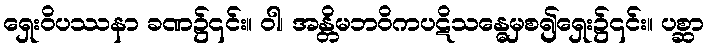
ရှေးဝိပဿနာ ခဏ၌၎င်း။ ဝါ၊ အန္တိမဘဝိကပဋိသန္ဓေမှစ၍ရှေး၌၎င်း။ ပစ္ဆာ